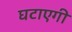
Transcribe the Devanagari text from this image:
घटाएगी